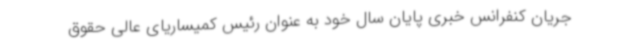
جریان کنفرانس خبری پایان سال خود به عنوان رئیس کمیساریای عالی حقوق